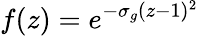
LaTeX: f(z)=e^{-\sigma_{g}(z-1)^{2}}